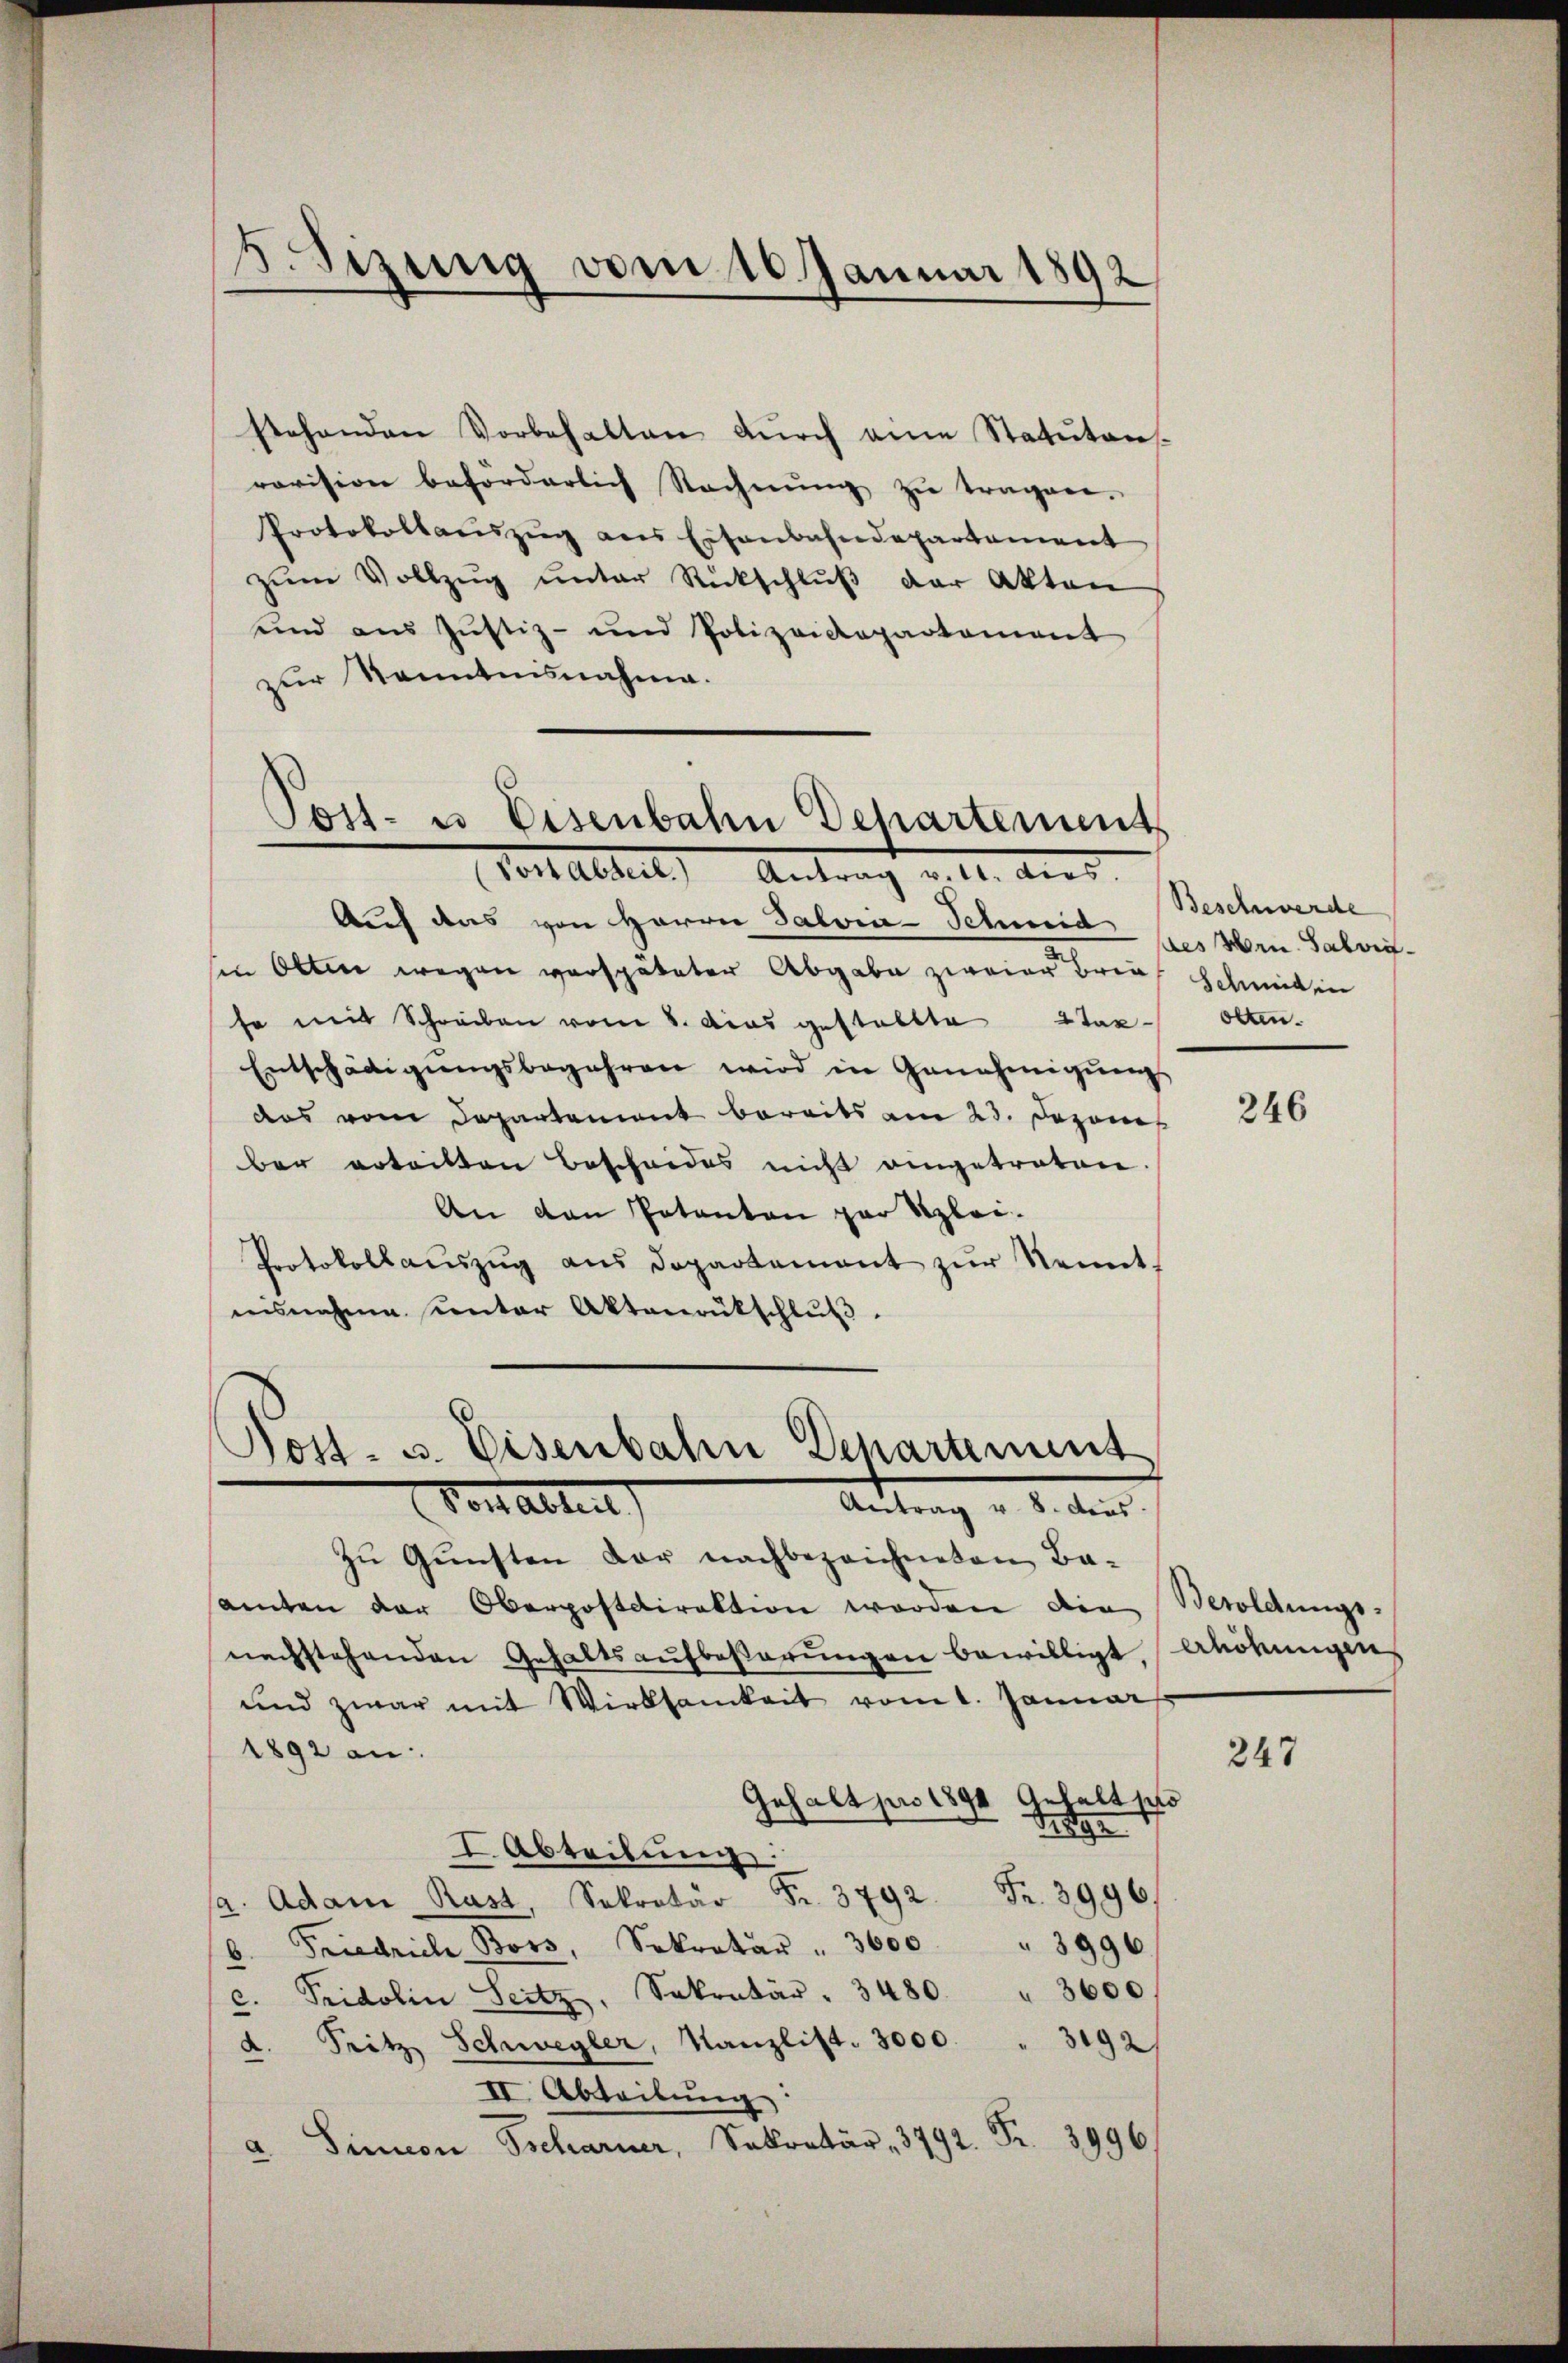
8. Sizung vom 10. Januar 1892

stehenden Vorbehalten dŭrch eine Statuten-
ravision beförderlich Rechnŭng zŭ tragen.
Protokollaŭszŭg ans Eisenbahndepartament
zŭm Vollzŭg ŭnter Rückschlŭβ der Akten
und aus Justiz- und Polizeidepartement
zur Kenntnisnahme.

Post- u. Eisenbahn Behartement
Tont allel, Antrag v. M. aus

Auch das von Herrn Salvin-Schmid per Hrn. Sabreisen Olten wegen verspäteter Abgabe zweier Brief Schmid in
se mit Schreiben vom 8. Das gestaltte 2 Tax¬
Entschädigŭngsbegehren wird in Genehmigŭngs
das vom Departement bereits am 23. Dezonet
ber erteilten Bescheides nicht eingetreten
An den Petenten par Klei¬
Protokollaŭszŭg aŭs Departement zŭr Neint,
nisnahme unter Aktenrütschlŭβ
zu Gunsten der nachbezeichneten Ba-
samten der Oberpostdirektion worden die Besoldungs-
nachstehenden Gehaltsaŭfbeβarŭngen bewilligt, Ahöhungen
und zwar mit Wirksamkeit vom 1. Januar
1892 an
Gehalt pro 1890 Gehalt so
2
I. Abteilung.
a. Adam Rast, Sekretär Fr. 3792 Fr. 3996.
Friedrich Boss, Sekretär " 3600 " 3996.
6.
c. Fridolin Seitz, Sekretär . 3480. " 3600
d. Tritz Schwegler, Kanzlist. 3000 " 3192/
II. Abteilung
a. Sinnen Tscharner, Sekretär 3792. Fr. 3996.

Post- u. Eisenbahn Departement
Vorstattet
Antrag d. 1. den

Beschwerde
olten.

246

247